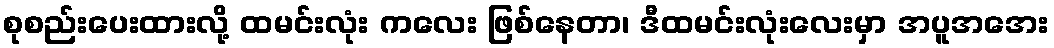
စုစည်းပေးထားလို့ ထမင်းလုံး ကလေး ဖြစ်နေတာ၊ ဒီထမင်းလုံးလေးမှာ အပူအအေး